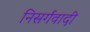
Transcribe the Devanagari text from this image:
निसर्गवादी